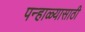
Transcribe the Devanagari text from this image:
पन्हाळ्यासाठी